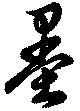
墨